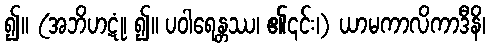
၍။ (အဘိဟဋုံ၊ ၍။ ပဝါရေန္တဿ၊ ၏၎င်း၊) ယာမကာလိကာဒီနိ၊